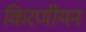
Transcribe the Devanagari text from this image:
किरणीयन